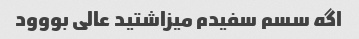
اگه سسم سفیدم میزاشتید عالی بووود